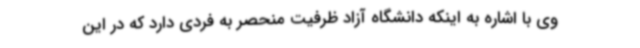
وی با اشاره به اینکه دانشگاه آزاد ظرفیت منحصر به فردی دارد که در این